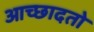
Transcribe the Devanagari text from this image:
आच्छादतो